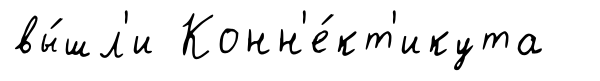
вы́шл'и Конн'е́кт'икута